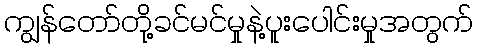
ကျွန်တော်တို့ခင်မင်မှုနဲ့ပူးပေါင်းမှုအတွက်